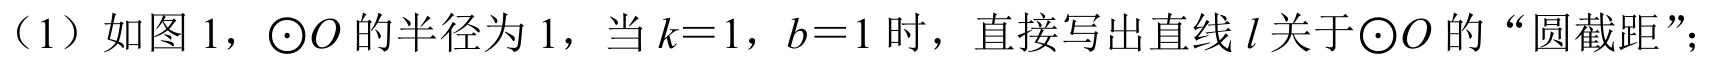
（1）如图 1，\(\odot O\)的半径为\(1\)，当\(k = 1\)，\(b = 1\)时，直接写出直线\(l\)关于\(\odot O\)的“圆截距”；